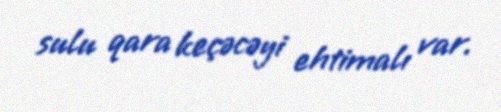
sulu qara keçəcəyi ehtimalı var.